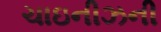
ચાઇનીઝની